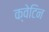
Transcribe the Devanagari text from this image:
क्वेटिन